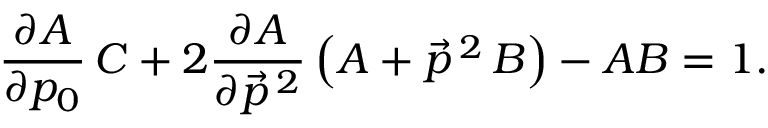
\frac { \partial A } { \partial p _ { 0 } } \, C + 2 \frac { \partial A } { \partial \vec { p } \, { } ^ { 2 } } \left( A + \vec { p } \, { } ^ { 2 } \, B \right) - A B = 1 .